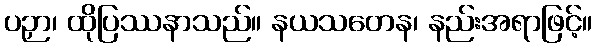
ပဉှာ၊ ထိုပြဿနာသည်။ နယသတေန၊ နည်းအရာဖြင့်။